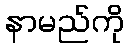
နာမည်ကို